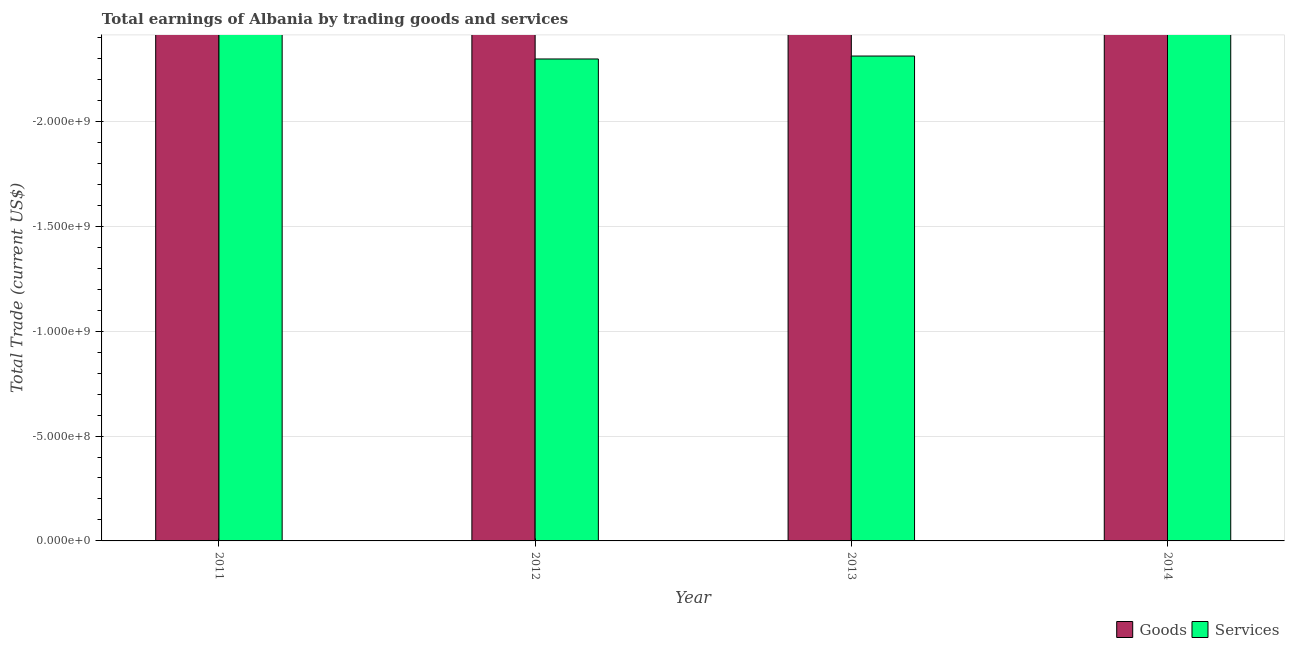
| Year | Goods | Services |
 | --- | --- | --- |
 | 2011 | -3.5e+09 | -2.93e+09 |
 | 2012 | -2.86e+09 | -2.3e+09 |
 | 2013 | -2.52e+09 | -2.31e+09 |
 | 2014 | -2.83e+09 | -2.47e+09 |